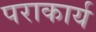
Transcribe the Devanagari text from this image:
पराकार्य